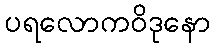
ပရလောကဝိဒုနော